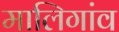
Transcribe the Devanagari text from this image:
मालिगांव